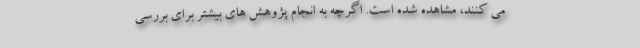
می کنند، مشاهده شده است. اگرچه به انجام پژوهش های بیشتر برای بررسی